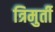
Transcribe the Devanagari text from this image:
त्रिमुर्ती